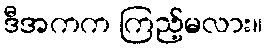
ဒီအကက ကြည့်မလား။